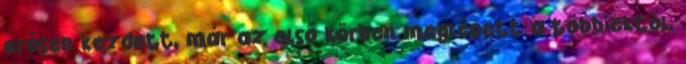
erősen kezdett, már az első körben meglépett a többiektől,